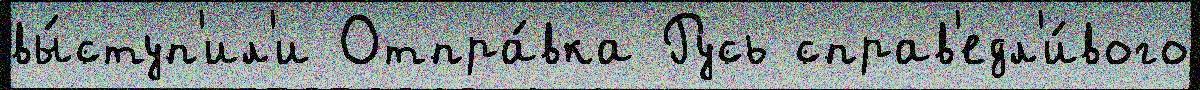
вы́ступ'ил'и Отпра́вка Русь справ'едл'и́вого